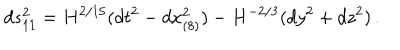
d s _ { 1 1 } ^ { 2 } = H ^ { 2 / 1 5 } ( d t ^ { 2 } - d x _ { ( 8 ) } ^ { 2 } ) - H ^ { - 2 / 3 } ( d y ^ { 2 } + d z ^ { 2 } ) \, .